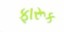
ફારૂક